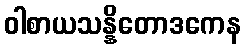
ဝါစာယသန္နိတောဒကေန